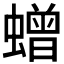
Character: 𮔿